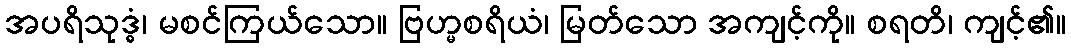
အပရိသုဒ္ဓံ၊ မစင်ကြယ်သော။ ဗြဟ္မစရိယံ၊ မြတ်သော အကျင့်ကို။ စရတိ၊ ကျင့်၏။